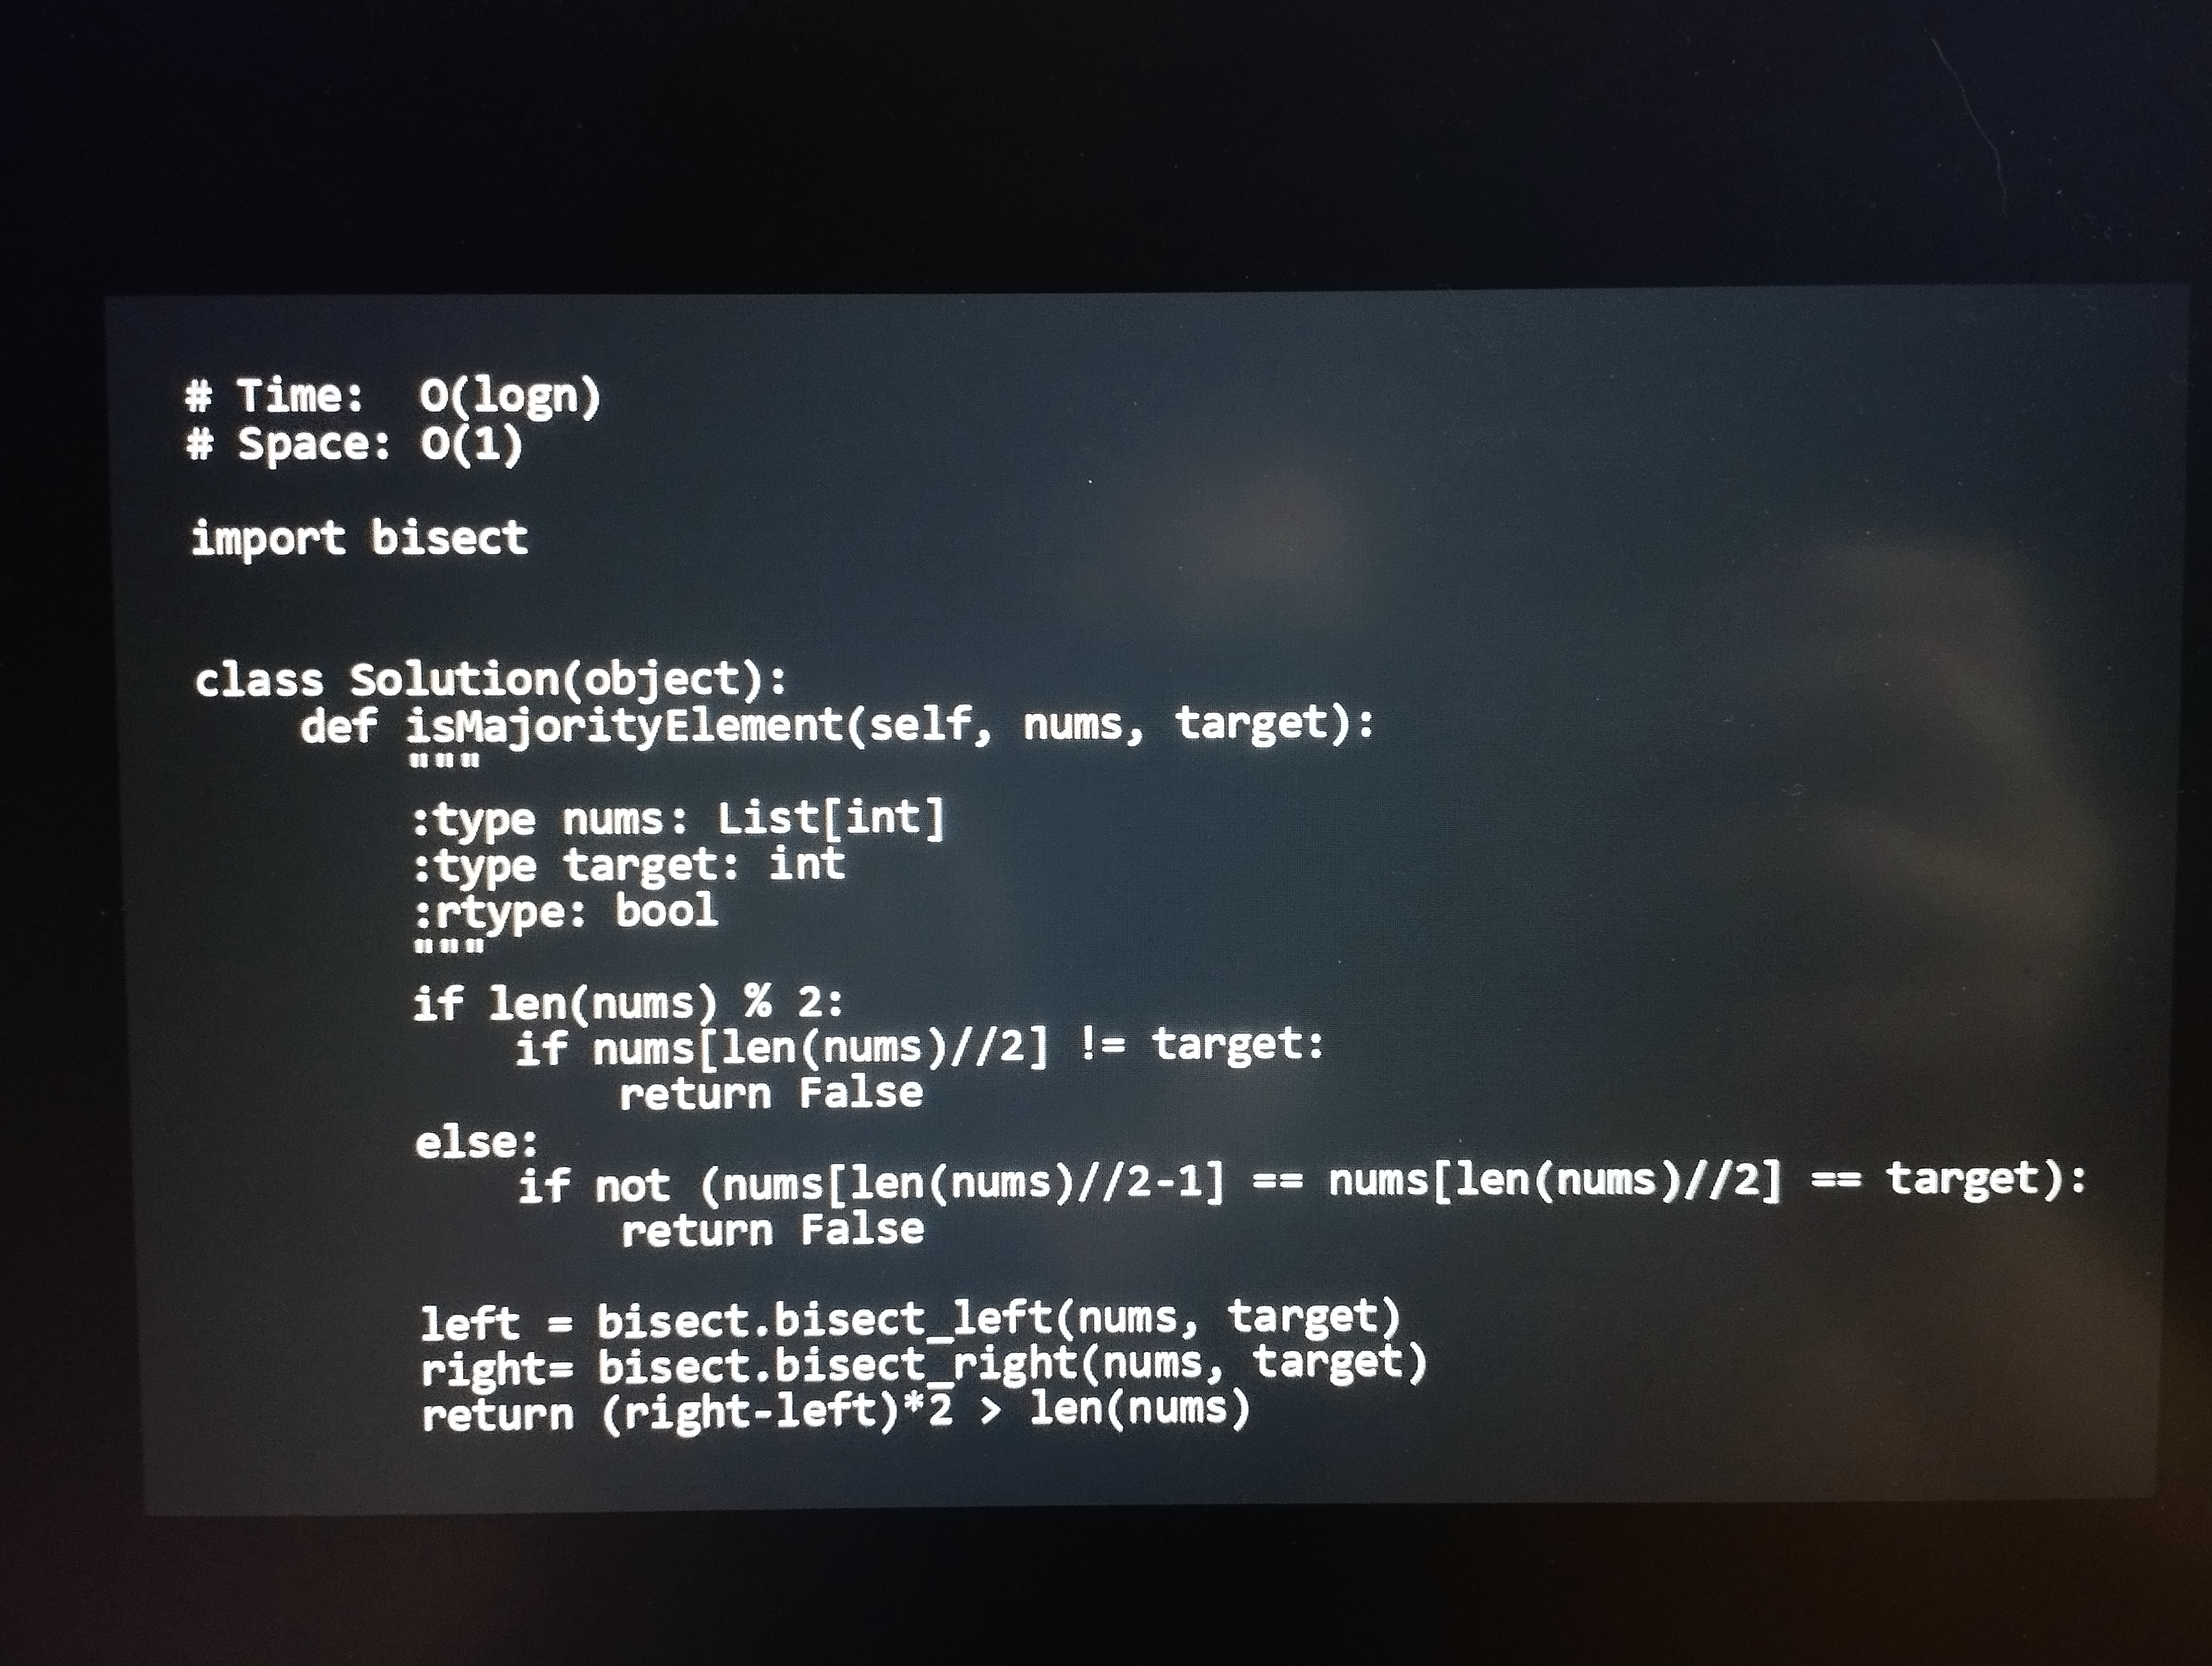
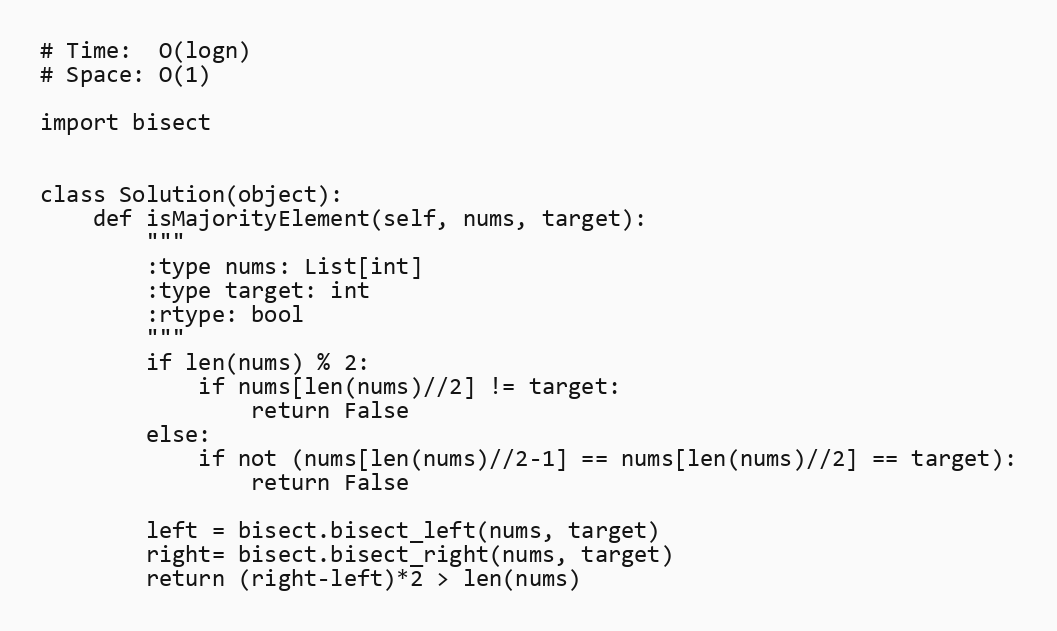
# Time:  O(logn)
# Space: O(1)

import bisect

class Solution(object):
    def isMajorityElement(self, nums, target):
        """
        :type nums: List[int]
        :type target: int
        :rtype: bool
        """
        if len(nums) % 2:
            if nums[len(nums)//2] != target:
                return False
        else:
            if not (nums[len(nums)//2-1] == nums[len(nums)//2] == target):
                return False

        left = bisect.bisect_left(nums, target)
        right= bisect.bisect_right(nums, target)
        return (right-left)*2 > len(nums)